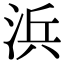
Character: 浜